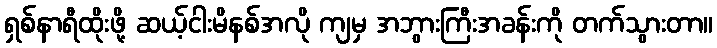
ရှစ်နာရီထိုးဖို့ ဆယ့်ငါးမိနစ်အလို ကျမှ အဘွားကြီးအခန်းကို တက်သွားတာ။